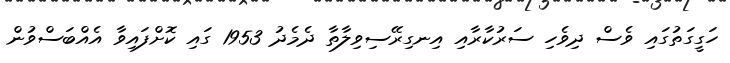
ހަގީގަތުގައި ވެސް ދިވެހި ސަރުކާރާއި އިނގިރޭސިވިލާތާ ދެމެދު 1953 ގައި ކޮށްފައިވާ އެއްބަސްވުން